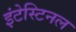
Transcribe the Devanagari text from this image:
इंटेस्टिनल